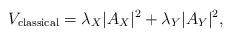
LaTeX: \begin{align*}V_{\rm classical} = \lambda_X |A_X|^2 + \lambda_Y |A_Y|^2,\end{align*}